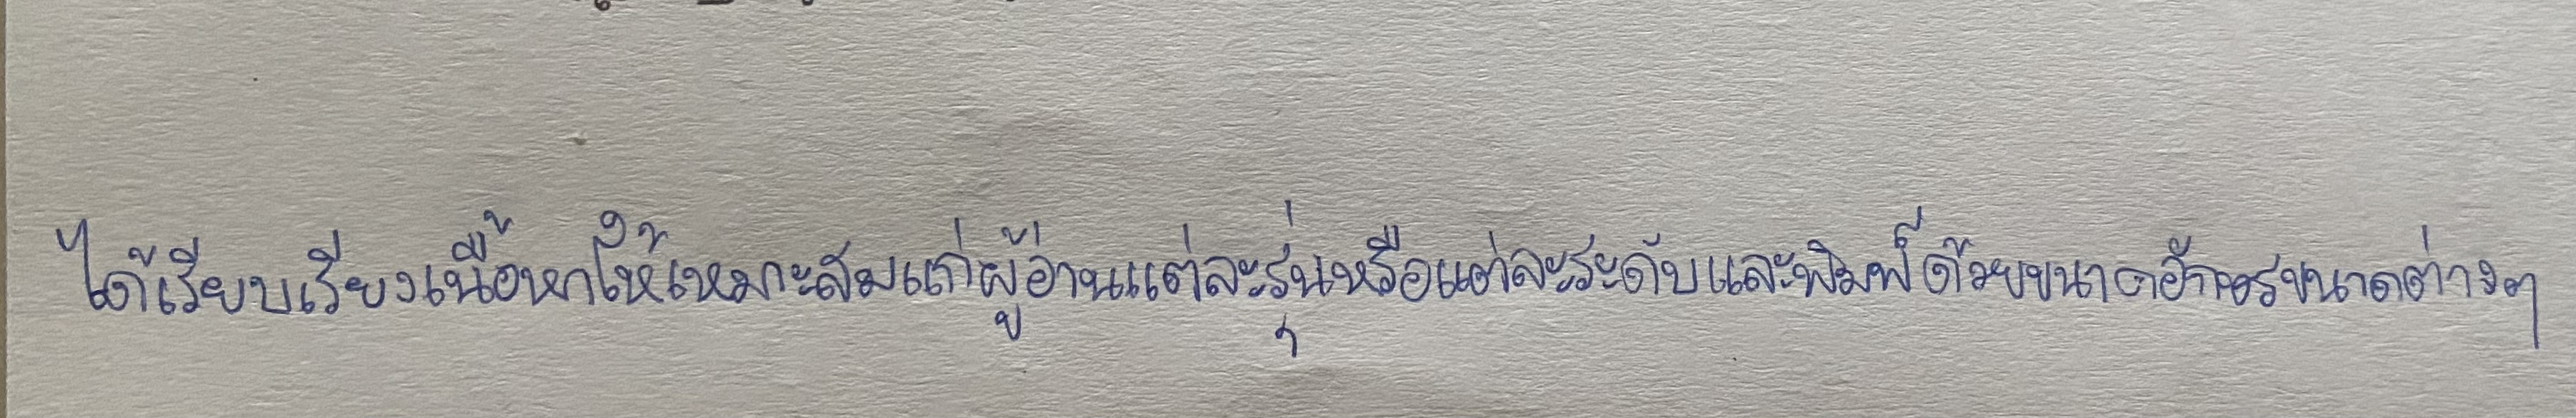
ได้เรียบเรียงเนื้อหาให้เหมาะสมแก่ผู้อ่านแต่ละรุ่นหรือแต่ละระดับและพิมพ์ด้วยขนาดอักษรขนาดต่างๆ